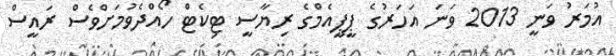
އުމަރު ވަނީ 2013 ވަނަ އަހަރުގެ ޕީޕީއެމްގެ ރިޔާސީ ޓިކެޓް ހޯއްދެވުމަށްވެސް ރައީސް